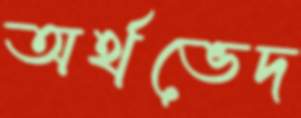
অর্থভেদ